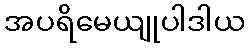
အပရိမေယျုပါဒါယ